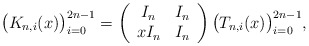
\begin{align*} \big(K_{n,i}(x)\big)_{i=0}^{2n-1} & = \left(\begin{array}{cc} I_n & I_n \\ xI_n & I_n\end{array}\right)\big(T_{n,i}(x)\big)_{i=0}^{2n-1},\end{align*}